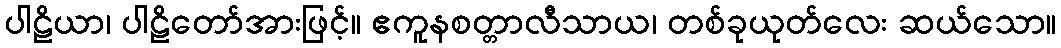
ပါဠိယာ၊ ပါဠိတော်အားဖြင့်။ ဧကူနစတ္တာလီသာယ၊ တစ်ခုယုတ်လေး ဆယ်သော။